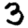
Digit: 3